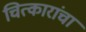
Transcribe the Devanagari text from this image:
चित्कारांचा